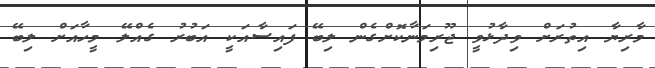
މާރިޔާ އިތުރަށް ވިދާޅުވީ ޖޫރިމަނާކޮށްގެން ލިބޭ ފައިސާއަކީ އަބުރު ގެއްލޭ މީހާއަށް ލިބޭ